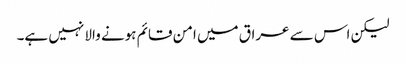
لیکن اس سے عراق میں امن قائم ہونے والا نہیں ہے۔